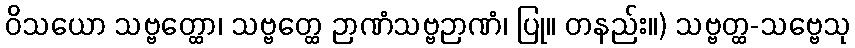
ဝိသယော သဗ္ဗတ္ထော၊ သဗ္ဗတ္ထေ ဉာဏံသဗ္ဗဉာဏံ၊ ပြု။ တနည်း။) သဗ္ဗတ္ထ-သဗ္ဗေသု